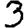
Digit: 3